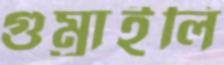
গুম্‌রাইলি